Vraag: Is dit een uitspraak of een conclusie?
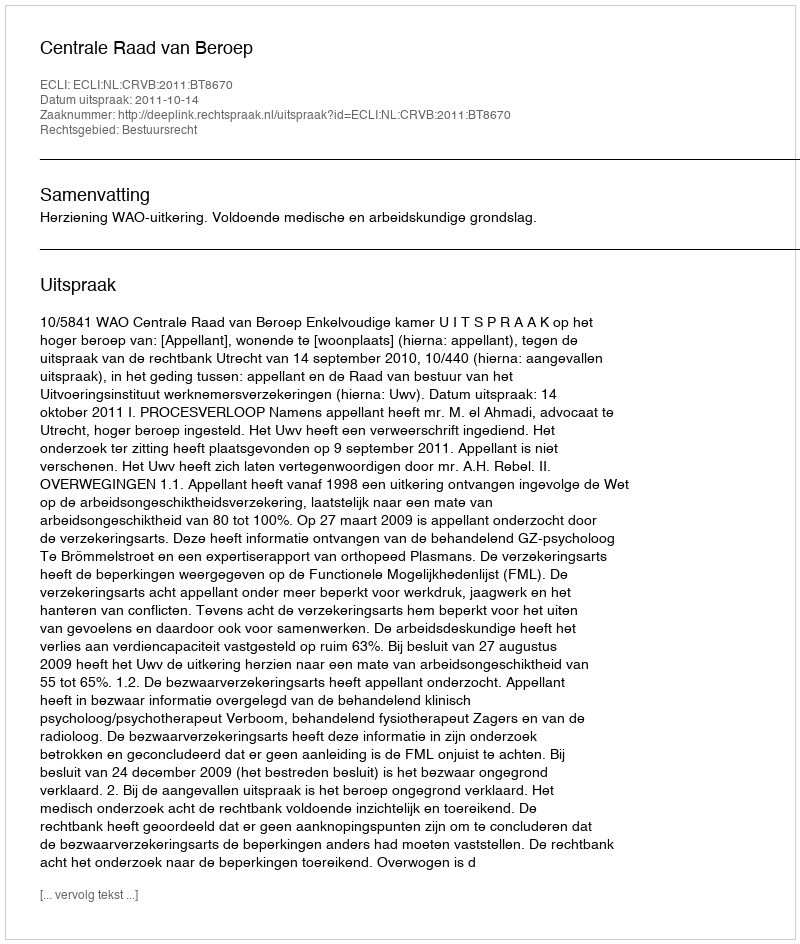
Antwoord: Uitspraak